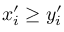
x _ { i } ^ { \prime } \geq y _ { i } ^ { \prime }